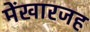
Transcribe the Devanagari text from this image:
मेंखारजह